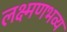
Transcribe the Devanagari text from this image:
लक्ष्मणभव्य